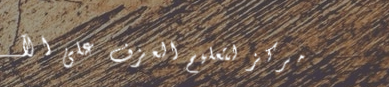
مركز لتعليم العزف على الآ